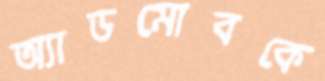
অ্যাডমোবকে